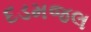
દડમજલ